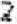
2